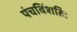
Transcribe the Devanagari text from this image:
पंचविंशतिः